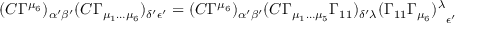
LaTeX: ( C \Gamma ^ { \mu _ { 6 } } ) _ { \alpha { ' } \beta { ' } } ( C \Gamma _ { \mu _ { 1 } \dots \mu _ { 6 } } ) _ { \delta { ' } \epsilon { ' } } = ( C \Gamma ^ { \mu _ { 6 } } ) _ { \alpha { ' } \beta { ' } } ( C \Gamma _ { \mu _ { 1 } \dots \mu _ { 5 } } \Gamma _ { 1 1 } ) _ { \delta { ' } \lambda } { ( \Gamma _ { 1 1 } \Gamma _ { \mu _ { 6 } } ) ^ { \lambda } } _ { \epsilon { ' } }